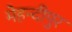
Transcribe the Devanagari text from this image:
मेहन्दीपुर